Code of medical and sanitary regulations for the guidance of medical officers serving in the Madras Presidency - Volume I
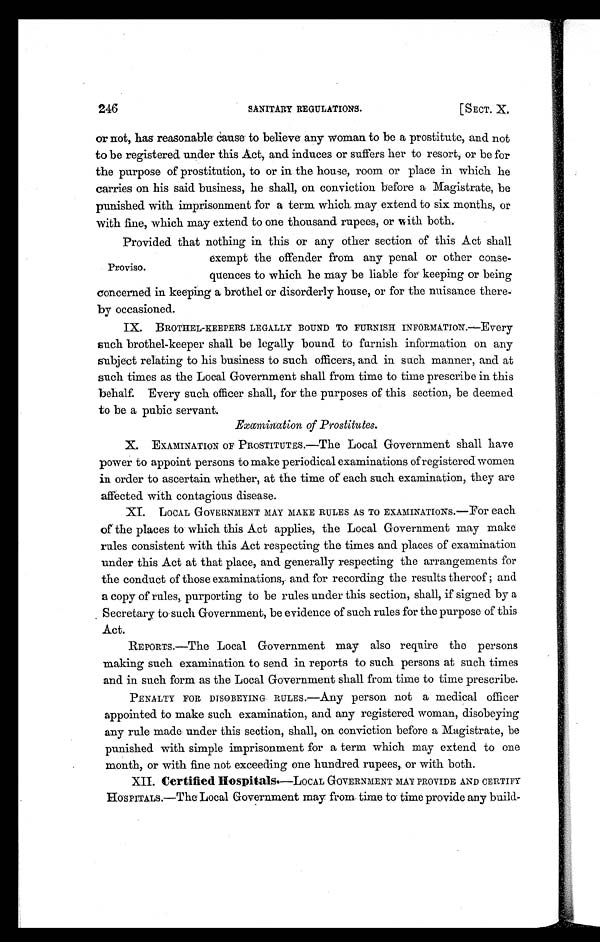
246
SANITARY REGULATIONS.
[SECT. X.
or not, has reasonable cause to believe any woman to be a prostitute, and not
to be registered under this Act, and induces or suffers her to resort, or be for
the purpose of prostitution, to or in the house, room or place in which he
carries on his said business, he shall, on conviction before a Magistrate, be
punished with imprisonment for a term which may extend to six months, or
with fine, which may extend to one thousand rupees, or with both.
Proviso.
Provided that nothing in this or any other section of this Act shall
exempt the offender from any penal or other conse-
quences to which he may be liable for keeping or being
concerned in keeping a brothel or disorderly house, or for the nuisance there-
by occasioned.
IX. BROTHEL-KEEPERS LEGALLY BOUND TO FURNISH INFORMATION. —Every
such brothel-keeper shall be legally bound to furnish information on any
subject relating to his business to such officers, and in such manner, and at
such times as the Local Government shall from time to time prescribe in this
behalf. Every such officer shall, for the purposes of this section, be deemed
to be a pubic servant.
Examination of Prostitutes.
X. EXAMINATION OF PROSTITUTES.—The Local Government shall have
power to appoint persons to make periodical examinations of registered women
in order to ascertain whether, at the time of each such examination, they are
affected with contagious disease.
XI. LOCAL GOVERNMENT MAY MAKE RULES As To EXAMINATIONS.—For each
of the places to which this Act applies, the Local Government may make
rules consistent with this Act respecting the times and places of examination
under this Act at that place, and generally respecting the arrangements for
the conduct of those examinations, and for recording the results thereof ; and
a copy of rules, purporting to be rules under this section, shall, if signed by a
Secretary, to such Government, be evidence of such rules for the purpose of this
Act.
REPORTS.—The Local Government may also require the persons
making such examination to send in reports to such persons at such times
and in such form as the Local Government shall from time to time prescribe.
PENALTY FOR DISOBEYING RULES.—Any person not a medical officer
appointed to make such examination, and any registered woman, disobeying
any rule made under this section, shall, on conviction before a Magistrate, be
punished with simple imprisonment for a term which may extend to one
month, or with fine not exceeding one hundred rupees, or with both.
XII. Certified Hospitals.—LOCAL GOVERNMENT MAY PROVIDE AND CERTIFY
HOSPITALS.—The Local Government may from time to time provide any build-